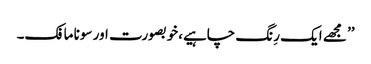
’’ مجھے ایک رِنگ چاہیے،خوبصورت اور سونا مافک۔